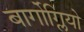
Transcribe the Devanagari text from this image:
बार्गोग्लियो